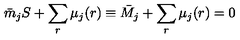
\bar { m } _ { j } S + \sum _ { r } \mu _ { j } ( r ) \equiv \bar { M } _ { j } + \sum _ { r } \mu _ { j } ( r ) = 0